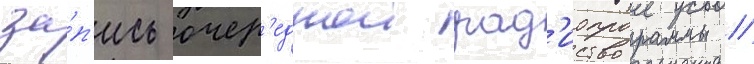
за́п'ись очер'еднои рад'иопрограммы //